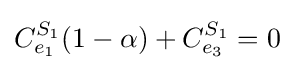
C_{e_{1}}^{S_{1}}(1-\alpha )+C_{e_{3}}^{S_{1}}=0